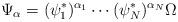
LaTeX: \begin{align*} \Psi_{\alpha} = (\psi_1^*)^{\alpha_1} \cdots (\psi_N^*)^{\alpha_N} \Omega \end{align*}